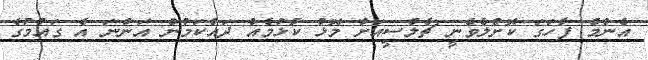
އެންމެ ފާހަގަ ކޮށްލެވެނީ ޗެލްސީއަށް މޮޅު ކުޅުމެއް ދައްކަމުން އަންނަ އެ ގައުމުގެ